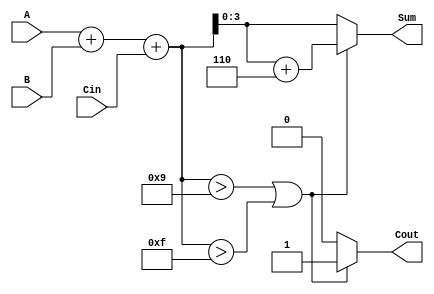
module BCD_Synchronous_Adder (
    input  wire [3:0] A,      // BCD input A
    input  wire [3:0] B,      // BCD input B
    input  wire Cin,           // Carry input
    output reg  [3:0] Sum,     // BCD sum output
    output reg  Cout           // Carry output
);

    // Internal signals
    wire [4:0] binary_sum;     // 5-bit to accommodate carry
    wire adjustment_needed;     // Flag to indicate if adjustment is needed

    // Step 1: Binary addition
    assign binary_sum = A + B + Cin;

    // Step 2: Check if adjustment is needed
    assign adjustment_needed = (binary_sum > 9) || (binary_sum > 15);

    // Step 3: BCD adjustment and output generation
    always @(*) begin
        if (adjustment_needed) begin
            Sum = binary_sum + 4'b0110; // Add 6 to adjust to BCD
            Cout = 1;                    // Set carry out
        end else begin
            Sum = binary_sum[3:0];       // No adjustment needed
            Cout = 0;                    // No carry out
        end
    end

endmodule